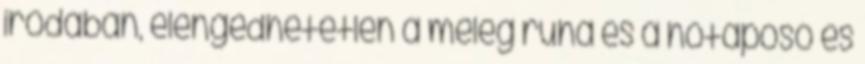
irodában, elengedhetetlen a meleg ruha és a hótaposó és